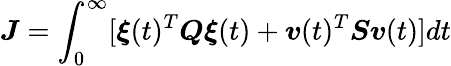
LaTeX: \boldsymbol{J}=\int_{0}^{\infty}[\boldsymbol{\xi}(t)^{T}\boldsymbol{Q}\boldsymbol{\xi}(t)+\boldsymbol{v}(t)^{T}\boldsymbol{S}\boldsymbol{v}(t)]dt